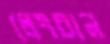
লেংচান